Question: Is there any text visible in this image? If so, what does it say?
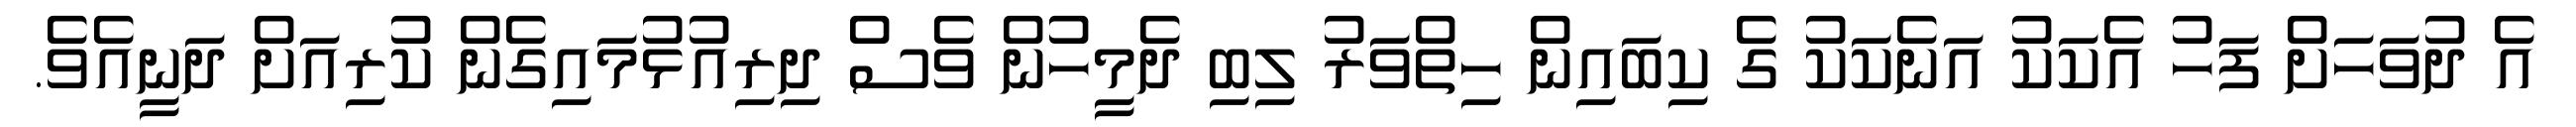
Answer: އެ ދުވަހަށް ފަހު އެކަކު އަނެކަކު ގެ ކިބައިން ހިތްވަރު ލިބި ދެމީހުން ވެސް ދިރިއުޅުމައިގެން ކުރިއަށް ދަނީއެވެ.